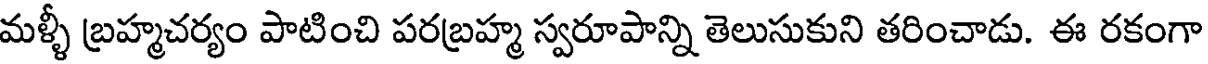
మళ్ళీ బ్రహ్మచర్యం పాటించి పరబ్రహ్మ స్వరూపాన్ని తెలుసుకుని తరించాడు. ఈ రకంగా